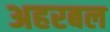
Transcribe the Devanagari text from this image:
अहरबल